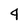
Character: 4